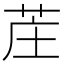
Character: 𫇺